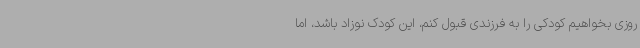
روزی بخواهیم کودکی را به فرزندی قبول کنم، این کودک نوزاد باشد، اما